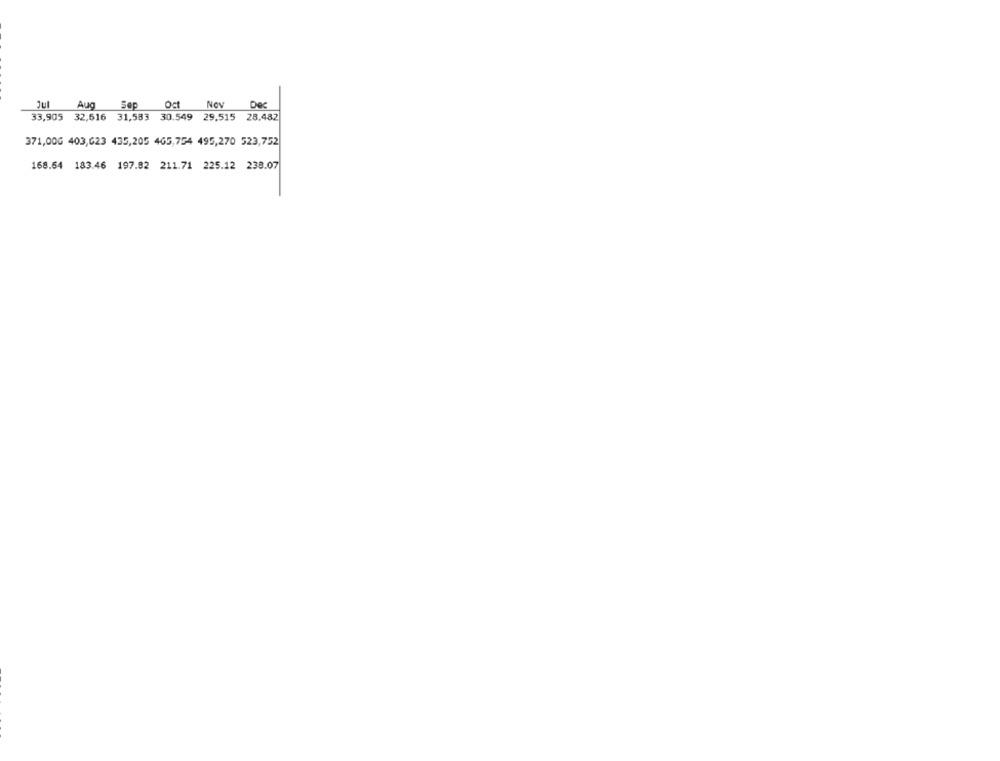
Jul
Aug Sep
Oct
Nov
33,905 32,616 31,583 30.549 29,515 28,482
371,00G 403,623 435,205 465,754 495,270 523,752
168.54 183.46 197.82 211.71 225.12 238.07